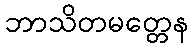
ဘာသိတမတ္တေန